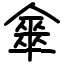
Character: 𠎃